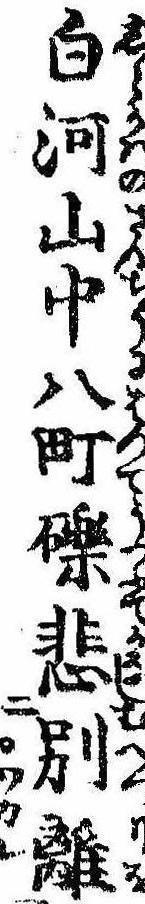
白河山中八町礫悲別離